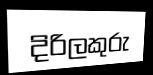
දිරිලකුරු